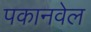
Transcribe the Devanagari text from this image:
पकानवेल